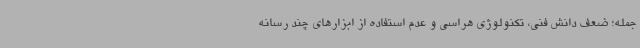
جمله؛ ضعف دانش فنی، تکنولوژی هراسی و عدم استفاده از ابزارهای چند رسانه